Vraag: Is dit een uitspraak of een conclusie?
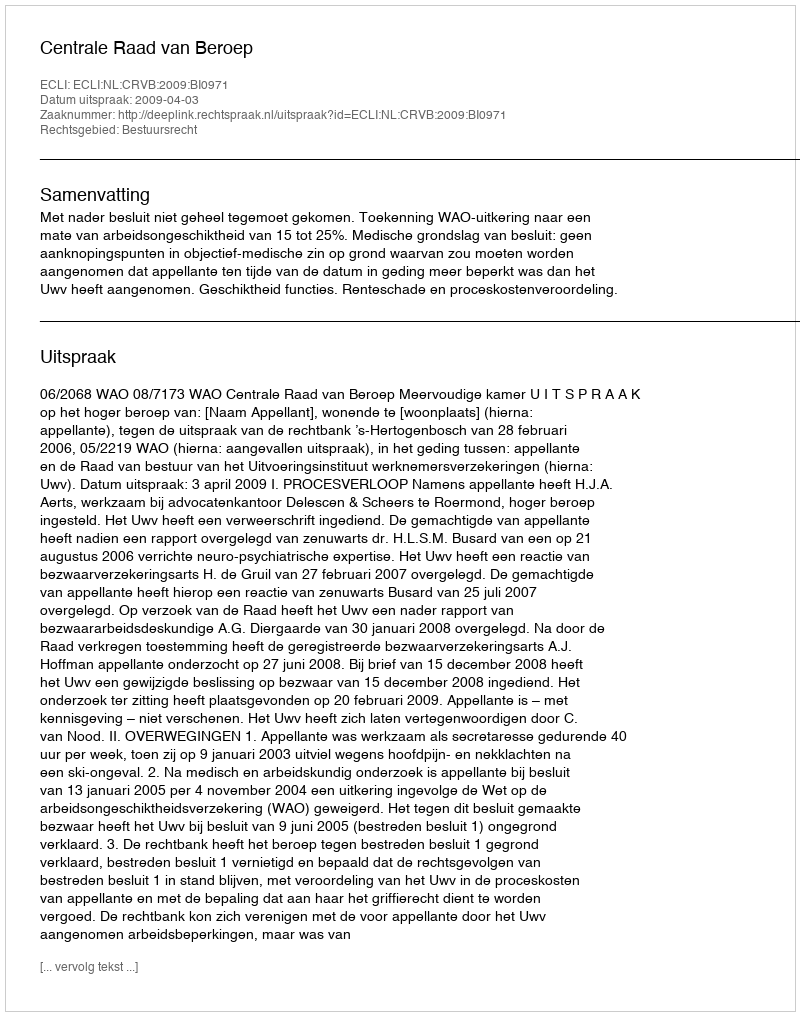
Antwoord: Uitspraak